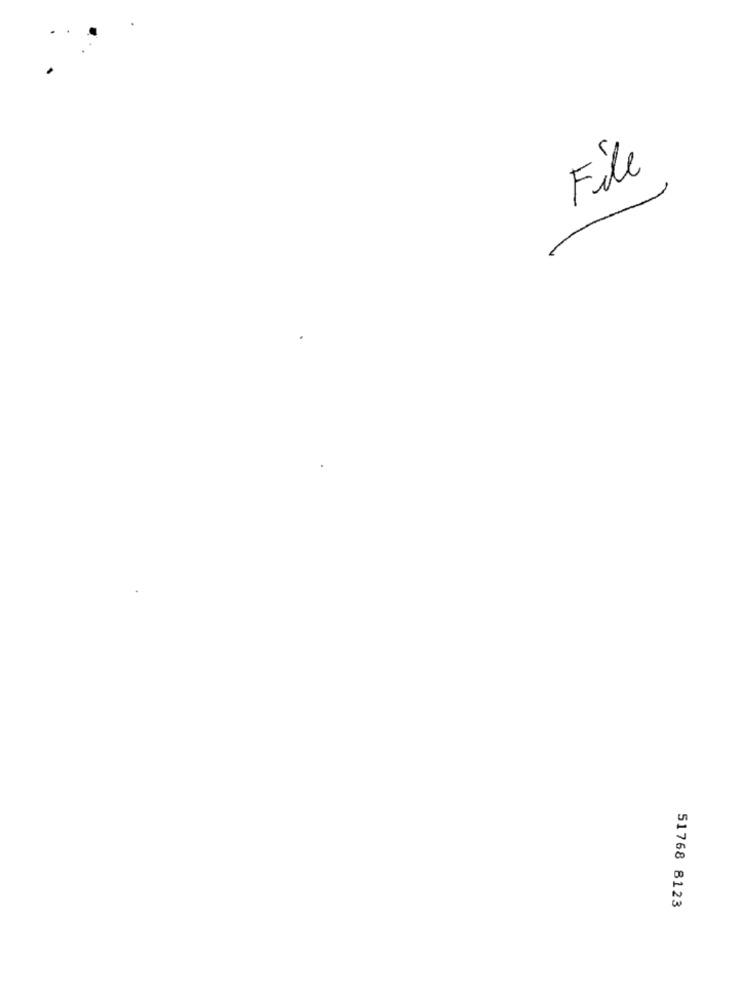
File
51768 8123